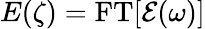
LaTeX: E(\zeta)=\operatorname{FT}[\mathcal{E}(\omega)]